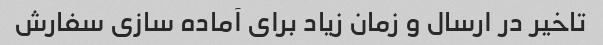
تاخیر در ارسال و زمان زیاد برای آماده سازی سفارش